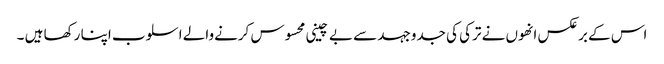
اس کے برعکس انھوں نے ترکی کی جدوجہد سے بے چینی محسوس کرنےوالے اسلوب اپنا رکھا ہیں ۔